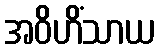
အဝိဟိံသာယ